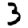
Digit: 3